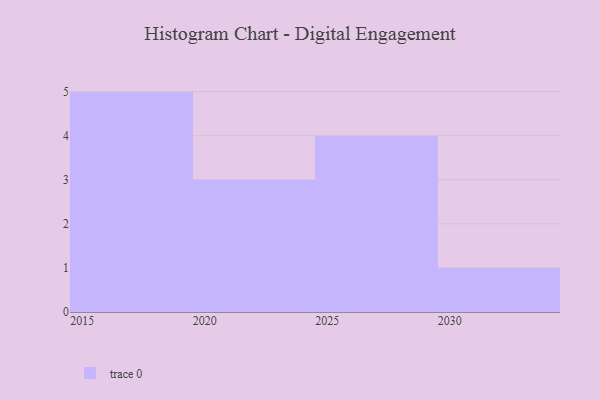
{"axis": {"x": "Year", "y": "Backlog"}, "legend": [""], "data": [{"x": "2026", "y": 29, "type": ""}, {"x": "2016", "y": 57, "type": ""}, {"x": "2020", "y": 100, "type": ""}, {"x": "2015", "y": 99, "type": ""}, {"x": "2018", "y": 92, "type": ""}, {"x": "2022", "y": 11, "type": ""}, {"x": "2029", "y": 35, "type": ""}, {"x": "2021", "y": 94, "type": ""}, {"x": "2028", "y": 71, "type": ""}, {"x": "2019", "y": 34, "type": ""}, {"x": "2027", "y": 97, "type": ""}, {"x": "2030", "y": 92, "type": ""}, {"x": "2017", "y": 4, "type": ""}]}